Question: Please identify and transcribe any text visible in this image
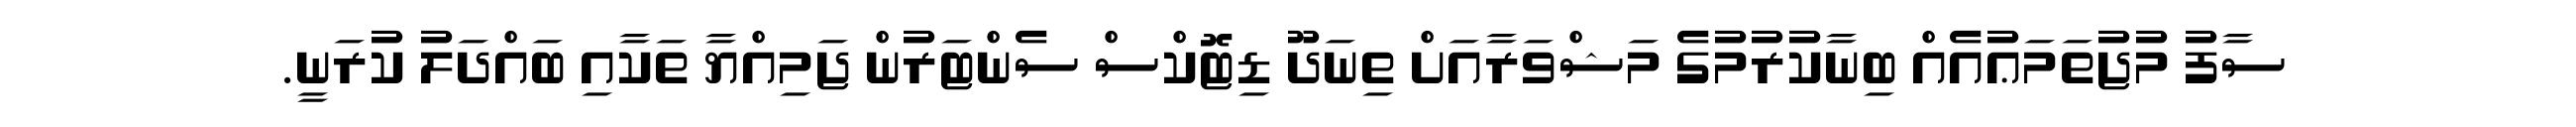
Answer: ސާފު މުޖުތަމަޢުއެއް ބިނާކުރުމުގެ މަޝްވަރާއަށް ތިނަދޫ ޑިޓޮކްސް ސެންޓަރުން ޖަމިއްޔާ ތަކާއި ބައްދަލު ކުރަނީ.